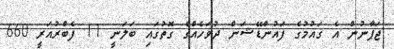
ޖަޕާނުން އެ ޤައުމުގެ ފައުންޑޭޝަން ދުވަހެއްގެ ގޮތުގައި ބަލަނީ 11 ފެބްރުއަރީ 660